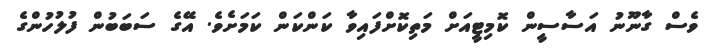
ވެސް ގާނޫނު އަސާސީން ކޮމިޓީއަށް މަތިކޮށްފައިވާ ކަންކަން ކަމަށެވެ. އޭގެ ސަބަބުން ފުލުހުންގެ